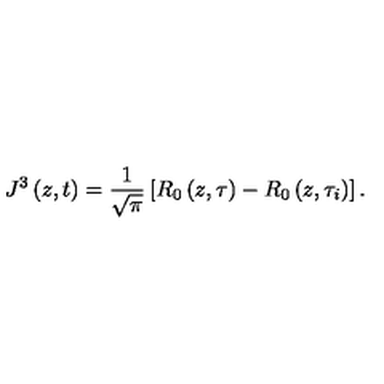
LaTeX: J ^ { 3 } \left( z , t \right) = \frac { 1 } { \sqrt { \pi } } \left[ R _ { 0 } \left( z , \tau \right) - R _ { 0 } \left( z , \tau _ { i } \right) \right] .